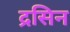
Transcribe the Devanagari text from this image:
द्रसिन